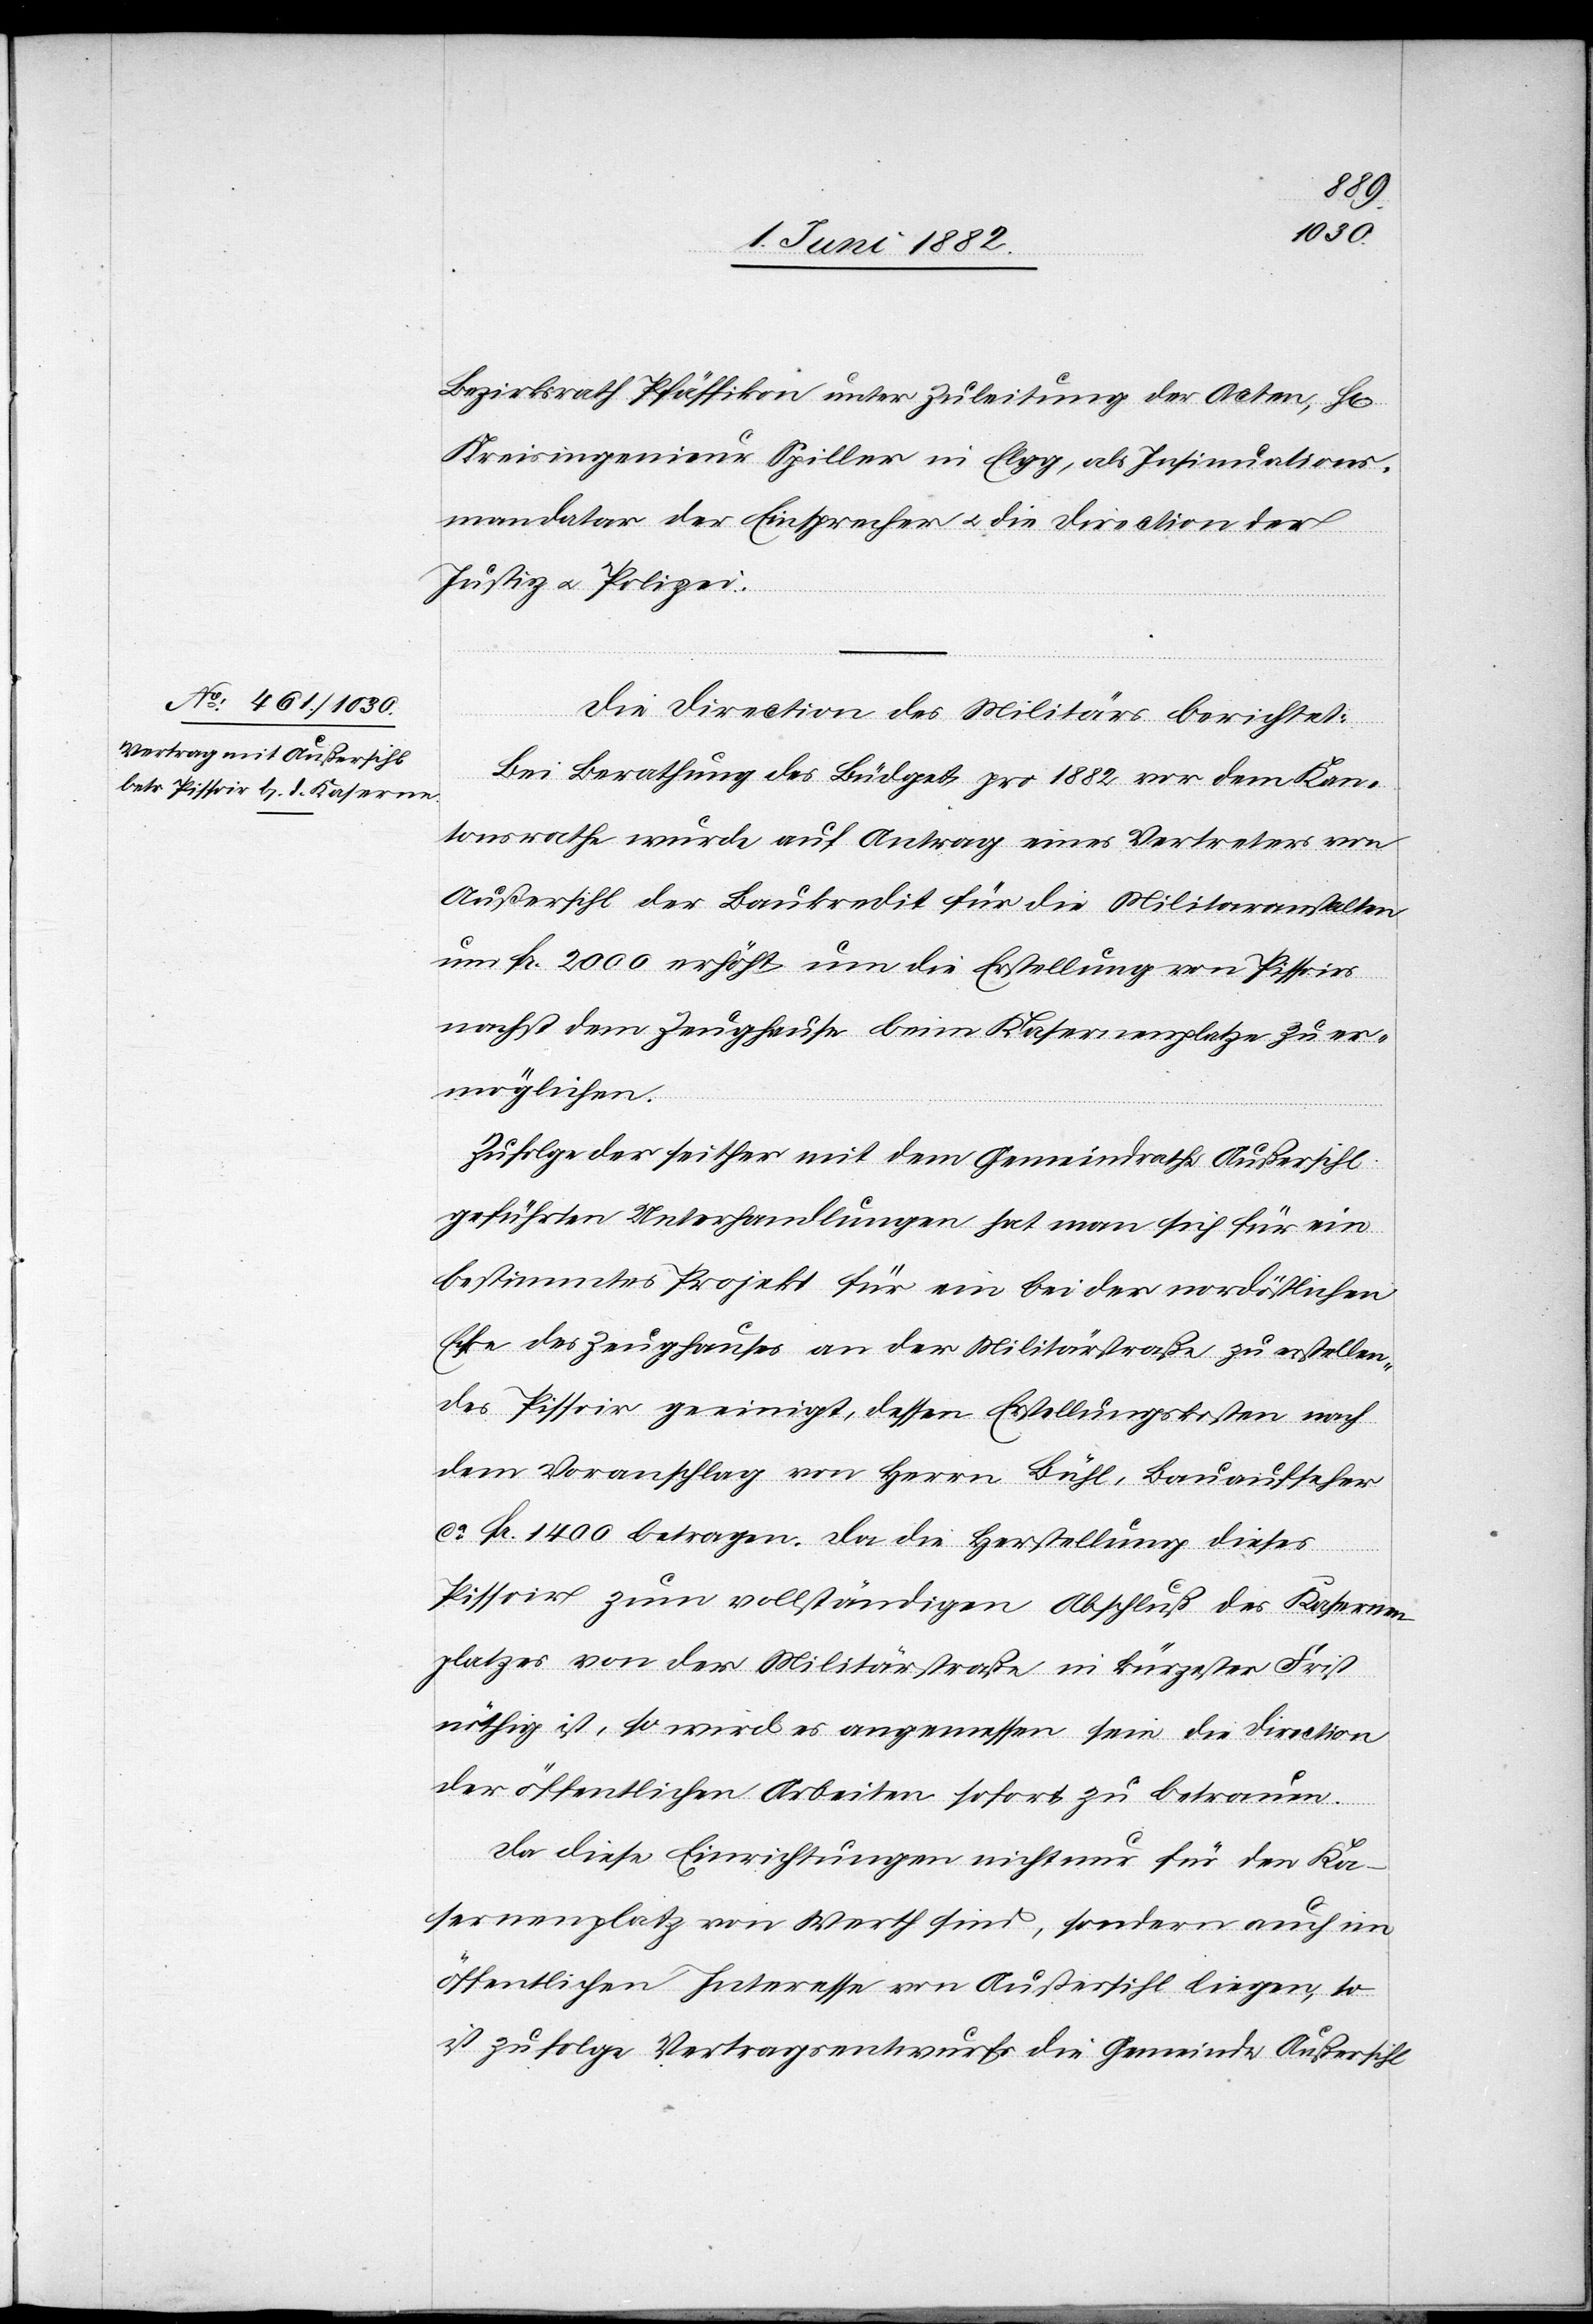
2. Juni 1882]
Bezirksrath Pfäffikon unter Zuleitung der Acten, H[rn].
Kreisingenieur Spiller in Elgg, als Insinuations¬
mandatar der Einsprecher u. die Direction der
Justiz u. Polizei.
Die Direction des Militärs berichtet:
Bei Berathung des Büdget pro 1882 vor dem Kan¬
tonsrathe wurde auf Antrag eines Vertreters von
Außersihl der Baukredit für die Militäranstalten
um Fr. 2000 erhöht um die Erstellung von Pissoirs
nächst dem Zeughause beim Kasernenplatze zu er¬
möglichen.
Zufolge der seither mit dem Gemeindrath Außersihl
geführten Unterhandlungen hat man sich für ein
bestimmtes Projekt für ein bei der nordöstlichen
Ecke des Zeughauses an der Militärstraße zu erstellen¬
des Pissoir geeinigt, dessen Erstellungskosten nach
dem Voranschlag von Herrn Bühl, Bauaufseher
ca Fr. 1400 betragen. Da die Herstellung dieses
Pissoirs zum vollständigen Abschluß des Kasernen¬
platzes von der Militärstraße in kürzester Frist
nöthig ist, so wird es angemessen sein die Direction
der öffentlichen Arbeiten sofort zu betrauen.
Da diese Einrichtungen nicht nur für den Ka¬
sernenplatz von Werth sind, sondern auch im
öffentlichen Interesse von Außersihl liegen, so
ist zu Folge Vertragsentwurf die Gemeinde Außersihl